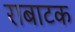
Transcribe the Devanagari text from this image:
राबाटक